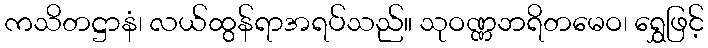
ကသိတဋ္ဌာနံ၊ လယ်ထွန်ရာအရပ်သည်။ သုဝဏ္ဏဘရိတမေဝ၊ ရွှေဖြင့်